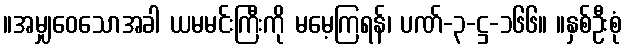
။အမျှဝေသောအခါ ယမမင်းကြီးကို မမေ့ကြရန်၊ ပဏ်-၃-ဋ္ဌ-၁၆၆။ ။နှစ်ဦးစုံ